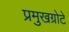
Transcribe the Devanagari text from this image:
प्रमुखग्रोटे